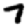
Digit: 7